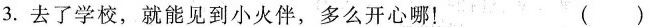
3.去了学校，就能见到小火伴，多么开心哪！ （ ）